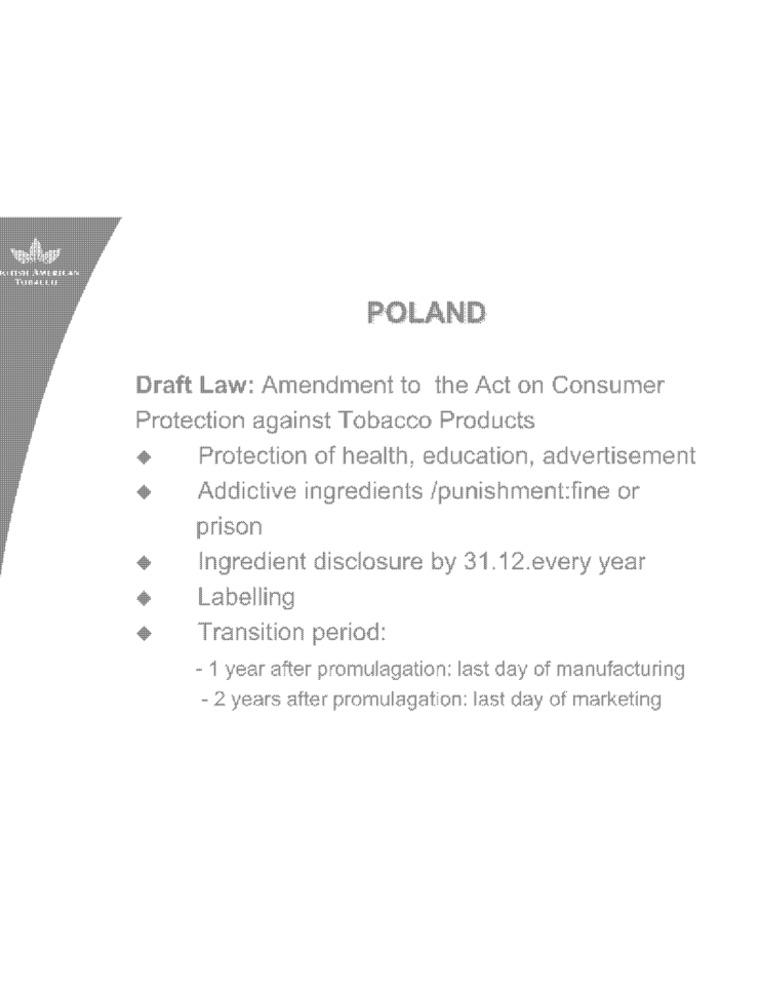
POLAND
Draft Law: Amendment to the Act on Consumer
Protection against Tobacco Products
Protection of health, education, advertisement
Addictive ingredients /punishment:fine or
prison
Ingredient disclosure by 31.12.every year
Labelling
Transition period:
- 1 year after promulagation: last day of manufacturing
- 2 years after promulagation: last day of marketing